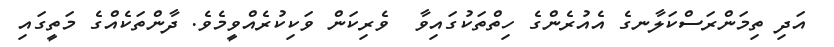
އަދި ތިމަންރަސްކަލާނގެ އެއުރެންގެ ހިތްތަކުގައިވާ  ވެރިކަން ވަކިކުރެއްވީމެވެ. ދާންތަކެއްގެ މަތީގައި